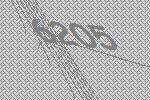
6205